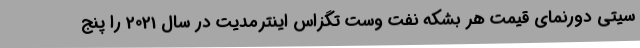
سیتی دورنمای قیمت هر بشکه نفت وست تگزاس اینترمدیت در سال 2021 را پنج